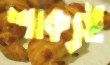
শাক্যই